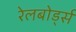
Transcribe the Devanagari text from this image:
रेलबोर्ड्स